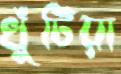
খুঁটিয়া